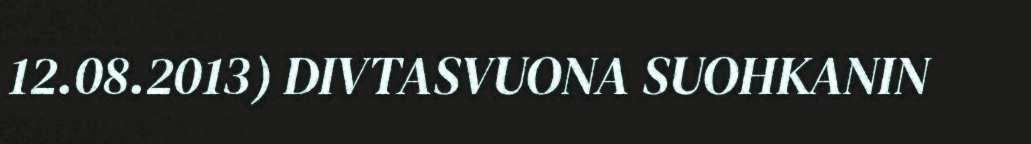
12.08.2013) DIVTASVUONA SUOHKANIN